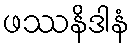
ဖဿနိဒါနံ